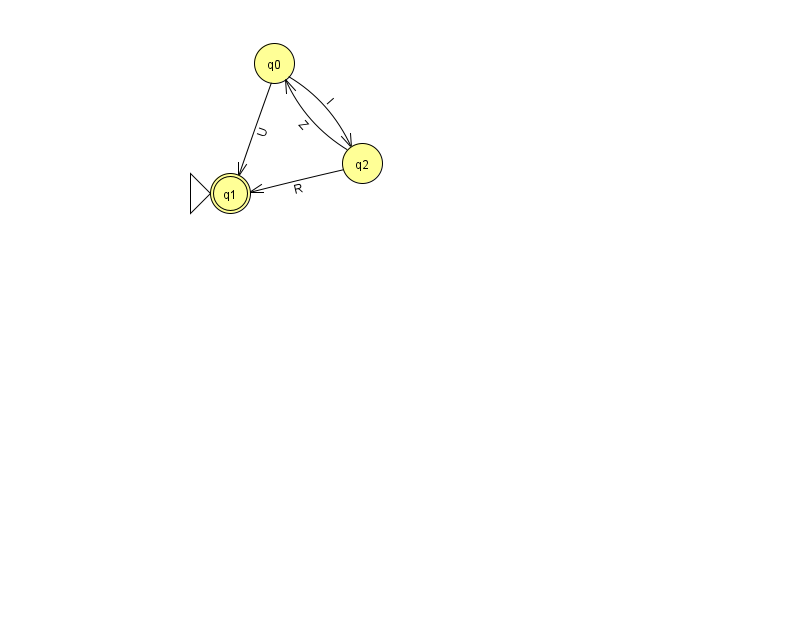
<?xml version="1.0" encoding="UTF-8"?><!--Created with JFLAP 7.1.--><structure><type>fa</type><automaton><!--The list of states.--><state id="0" name="q0"><x>274.0</x><y>50.0</y></state><state id="1" name="q1"><x>230.0</x><y>180.0</y><initial/><final/></state><state id="2" name="q2"><x>362.0</x><y>150.0</y></state><!--The list of transitions.--><transition><from>2</from><to>0</to><read>Z</read></transition><transition><from>0</from><to>2</to><read>I</read></transition><transition><from>2</from><to>1</to><read>R</read></transition><transition><from>0</from><to>1</to><read>U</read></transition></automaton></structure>